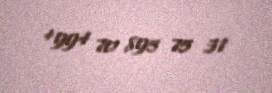
+994 70 895 75 31